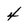
Character: 4